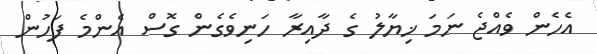
އެހެން ވެއްޖެ ނަމަ ޚިޔާލު ގެ ދާއިރާ ހަނިވެގެން ގޮސް އެންމެ ފަހުން